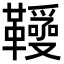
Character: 𩍱